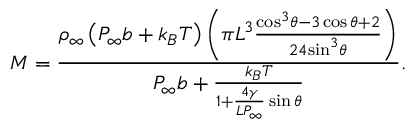
M = \frac { { { \rho } _ { \infty } } \left( { { P } _ { \infty } } { b } + { { k } _ { B } } T \right) \left( { \pi } { { L } ^ { 3 } } \frac { { { \cos } ^ { 3 } } \theta - 3 \cos \theta + 2 } { 2 4 { { \sin } ^ { 3 } } \theta } \right) } { { { P } _ { \infty } } { b } + \frac { { { k } _ { B } } T } { 1 + \frac { 4 \gamma } { L { { P } _ { \infty } } } \sin \theta } } .